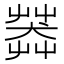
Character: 𦷶